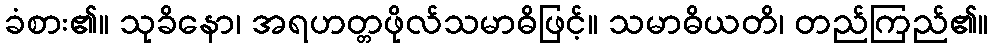
ခံစား၏။ သုခိနော၊ အရဟတ္တဖိုလ်သမာဓိဖြင့်။ သမာဓိယတိ၊ တည်ကြည်၏။